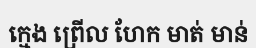
ក្មេង ព្រើល ហែក មាត់ មាន់